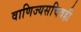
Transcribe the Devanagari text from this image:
वाणिज्यसचिवही